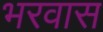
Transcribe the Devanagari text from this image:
भरवास